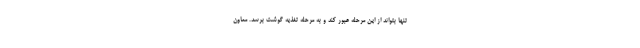
تنها بتواند از این مرحله عبور کند و به مرحله تغذیه گوشت برسد. معاون